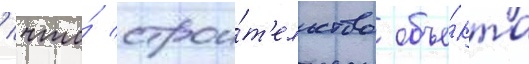
/ что́ строи́т'ельство объе́кта